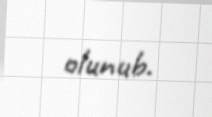
olunub.